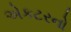
એકટરનો